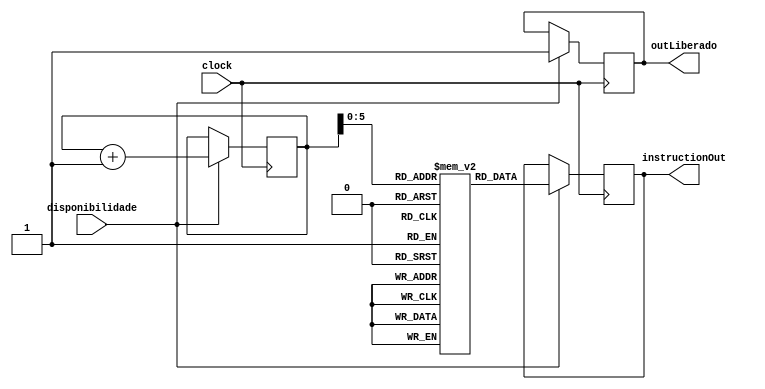
module FilaInstrucao(clock, outLiberado, instructionOut, disponibilidade);
  
  input clock, disponibilidade;
  
  output reg outLiberado;
  output reg[15:0]instructionOut;
  
  reg [15:0]Instrucao[50:0];
  reg[15:0] i;

  initial
	begin 
		i = 0;
		//Fila de Instrucoes:
		//[000]offset [000]Rz [000]Rx [000]Ry [0000] opcode
		Instrucao[0]=16'b0000110010100000; //ADD R3, R1, R2
      Instrucao[1]=16'b0001010110010001; //SUB R5, R3, R1
      Instrucao[2]=16'b0001011001100000; //ADD R5, R4, R6 
      Instrucao[3]=16'b0001101011000100; //MUL R6, R5, R4 
      Instrucao[4]=16'b0000101010110100; //MUL R2, R5, R3 
      Instrucao[5]=16'b0001101011000001; //SUB R6, R5, R4 
      Instrucao[6]=16'b0001101011010000; //ADD R6, R5, R5 
	end

	always @ (posedge clock)
	begin
	  	if(disponibilidade == 1'b1)
		begin
			instructionOut = Instrucao[i];
			outLiberado = 1;
			i = i + 1;
	  end
	end
endmodule